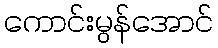
ကောင်းမွန်အောင်